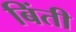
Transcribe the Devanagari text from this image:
बिंती